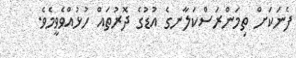
ފެނަކަށް ތިމަންރަސްކަލާނގެ އުޑުގެ ދޮރުތައް ހުޅުއްވެވީމެވެ.